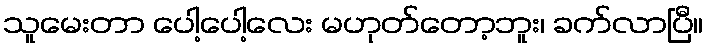
သူမေးတာ ပေါ့ပေါ့လေး မဟုတ်တော့ဘူး၊ ခက်လာပြီ။